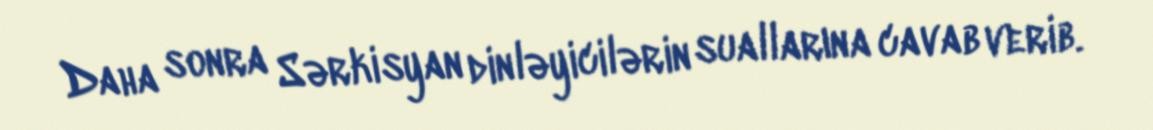
Daha sonra Sərkisyan dinləyicilərin suallarına cavab verib.